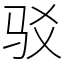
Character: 驳